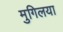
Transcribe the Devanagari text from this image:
मुगिलया